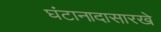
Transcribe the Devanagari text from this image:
घंटानादासारखे